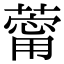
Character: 䔭